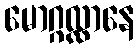
မောဂ္ဂလ္လာနေ